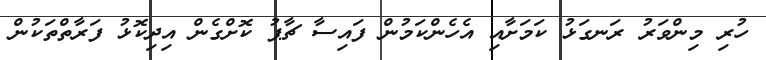
ހުރި މިންވަރު ރަނގަޅު ކަމަށާއި އެހެންކަމުން ފައިސާ ޗާޕު ކޮށްގެން އިދިކޮޅު ފަރާތްތަކުން